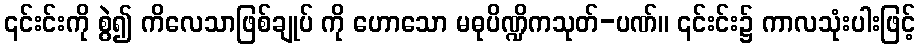
၎င်းင်းကို စွဲ၍ ကိလေသာဖြစ်ချုပ် ကို ဟောသော မဓုပိဏ္ဍိကသုတ်-ပဏ်။ ၎င်းင်း၌ ကာလသုံးပါးဖြင့်